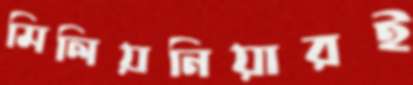
মিলিয়নিয়ারই